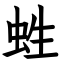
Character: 﨡